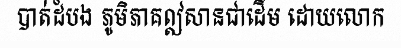
បាត់ដំបង ភូមិភាគឦសានជាដើម ដោយលោក